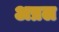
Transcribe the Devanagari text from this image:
अप्रल